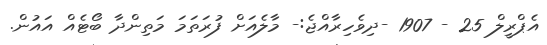
އެޕްރީލް 25 - 1907 -ދިވެހިރާއްޖެ:- މާލެއަށް ފުރަތަމަ މަތިންދާ ބޯޓެއް އައުން.